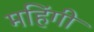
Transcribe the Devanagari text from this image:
महिंगी